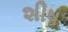
શીષ